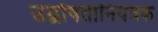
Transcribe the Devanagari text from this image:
उद्घोषतानियंत्रक